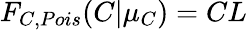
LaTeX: F_{C,Pois}(C|\mu_{C})=CL